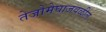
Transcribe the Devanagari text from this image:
तेजोमेघाजवळील